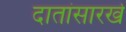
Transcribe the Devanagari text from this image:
दातांसारखे